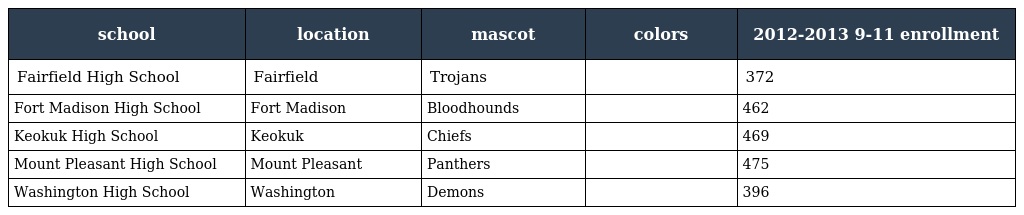
| school | location | mascot | colors | 2012-2013 9-11 enrollment |
 | --- | --- | --- | --- | --- |
 | Fairfield High School | Fairfield | Trojans |  | 372 |
 | Fort Madison High School | Fort Madison | Bloodhounds |  | 462 |
 | Keokuk High School | Keokuk | Chiefs |  | 469 |
 | Mount Pleasant High School | Mount Pleasant | Panthers |  | 475 |
 | Washington High School | Washington | Demons |  | 396 |